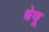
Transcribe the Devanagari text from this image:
धेणू